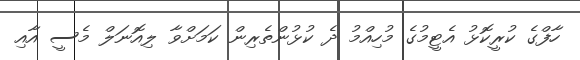
ހާފްގެ ކުރީކޮޅު އެޓީމުގެ މުހިއްމު ދެ ކުޅުންތެރިން ކަމަށްވާ ލިއޮނަލް މެސީ އާއި